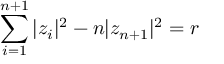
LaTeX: \sum _ { i = 1 } ^ { n + 1 } | z _ { i } | ^ { 2 } - n | z _ { n + 1 } | ^ { 2 } = r